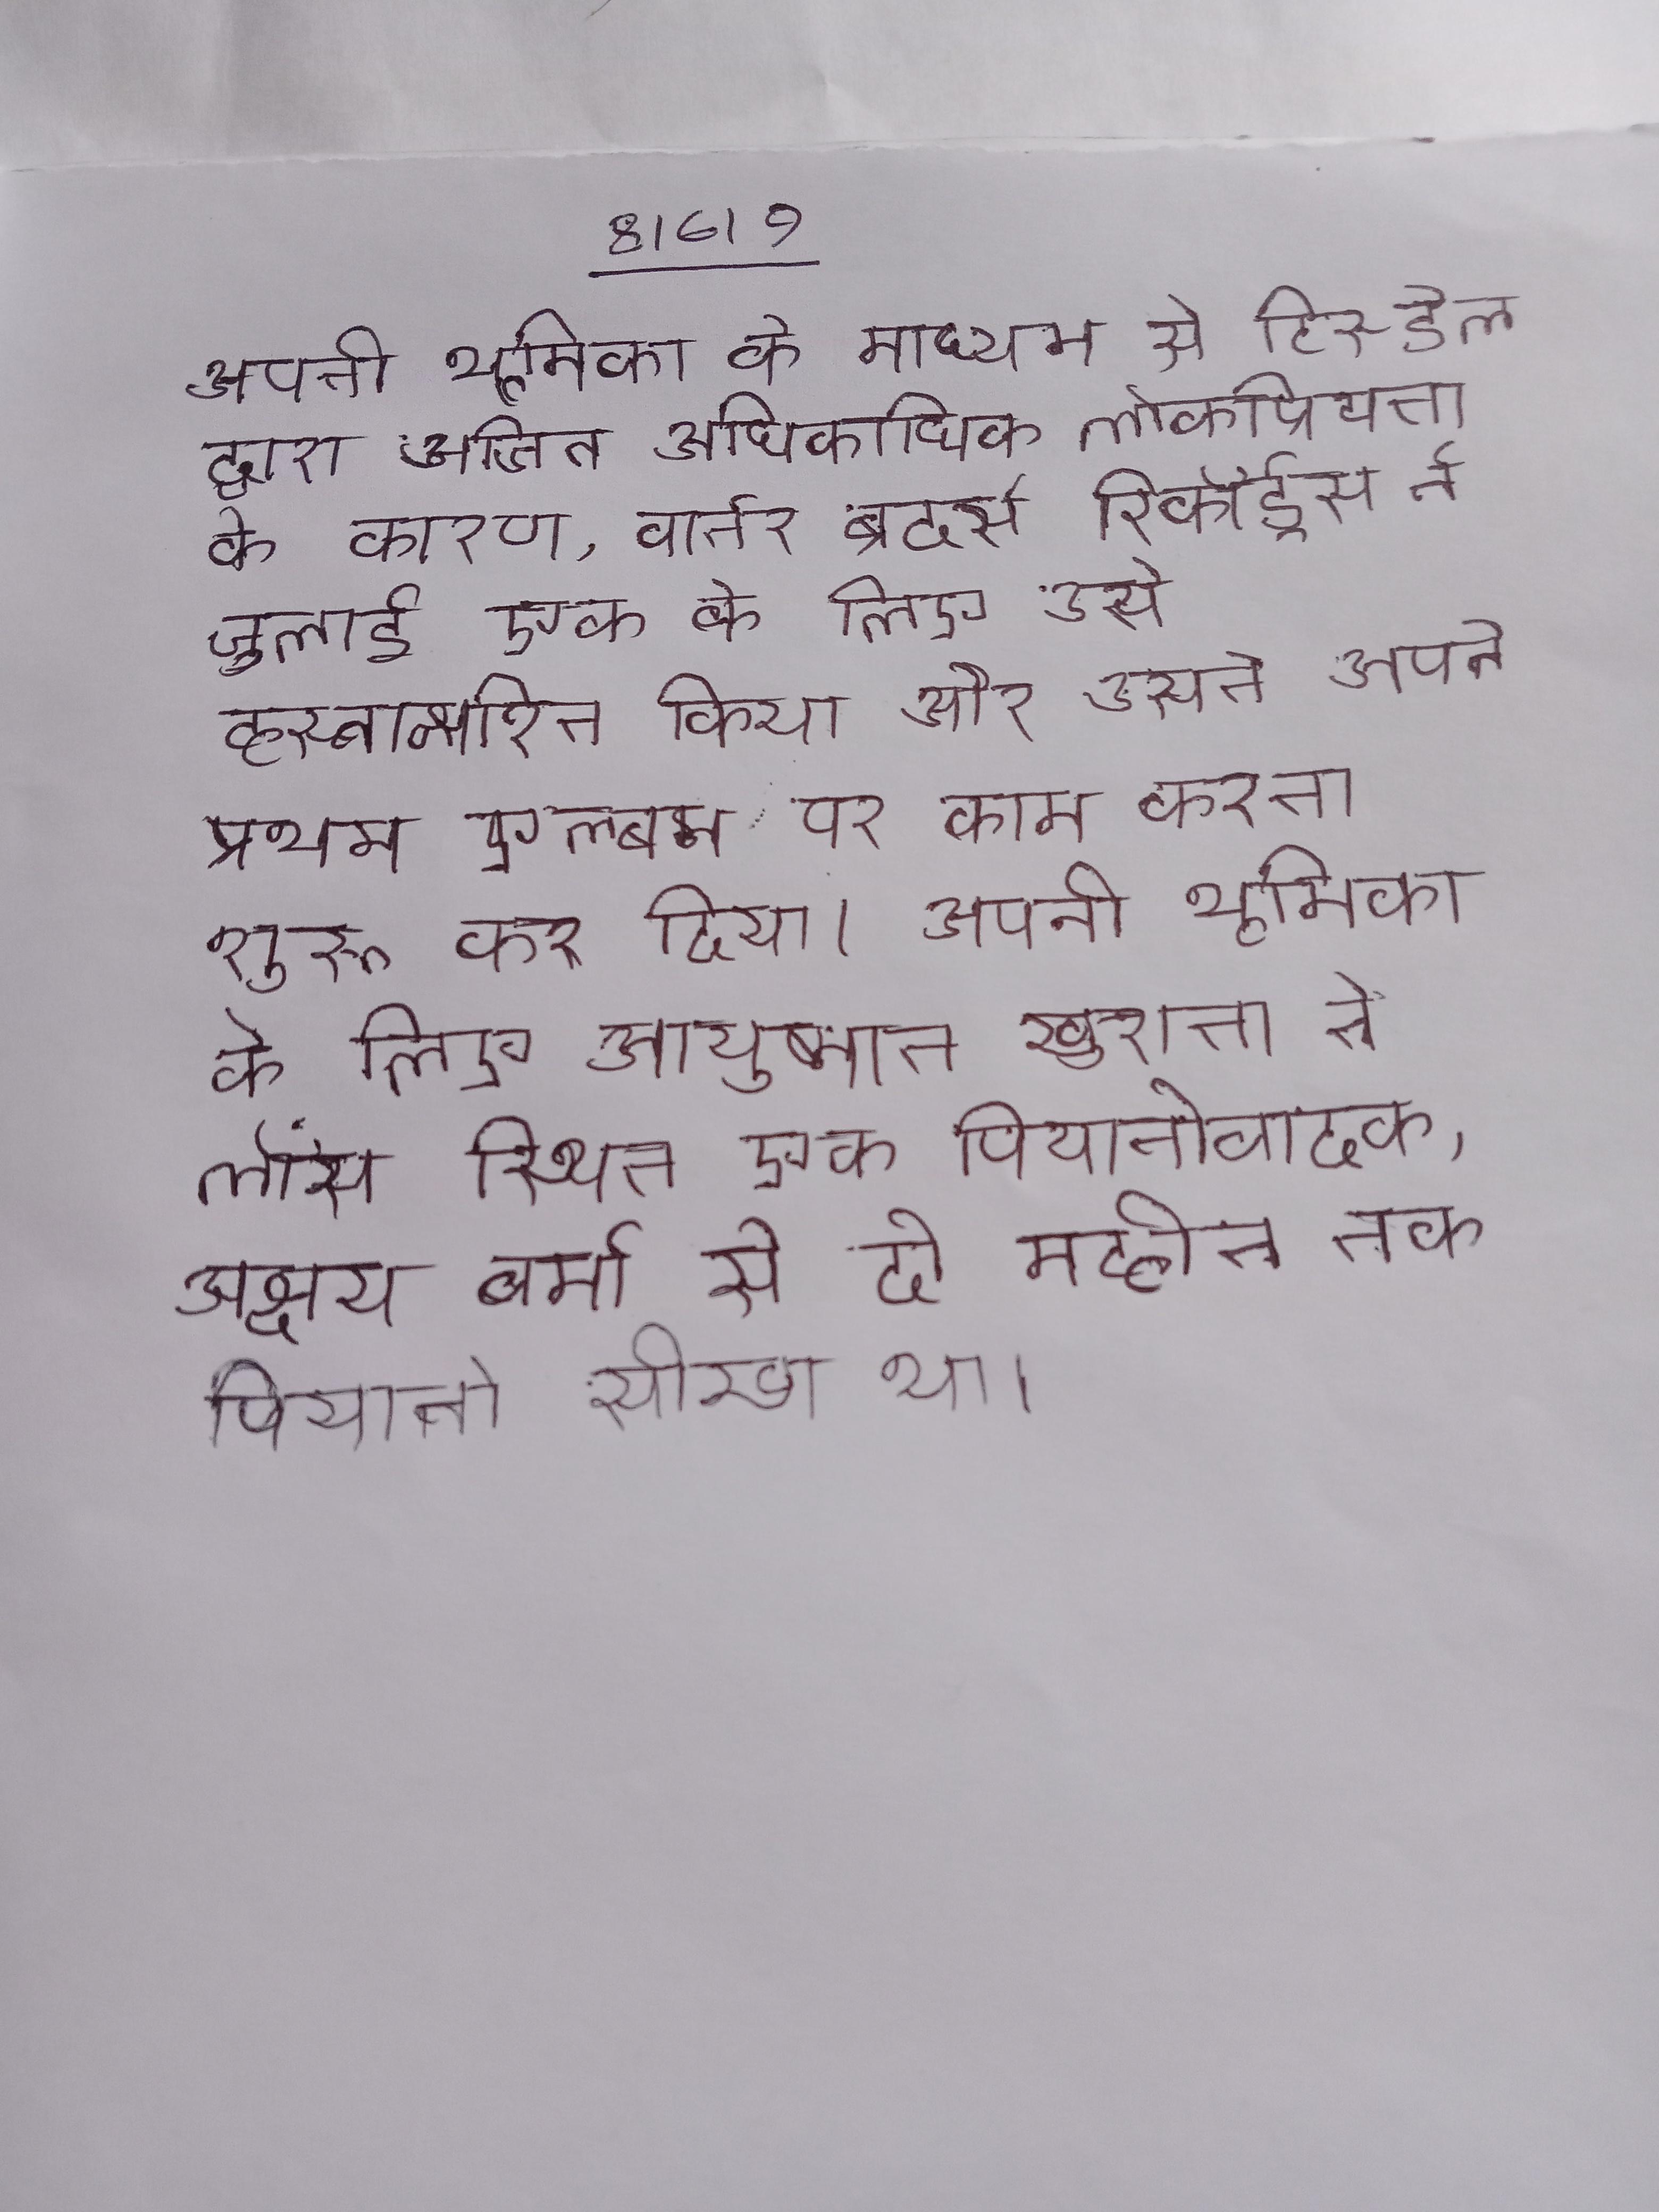
अपनी भूमिका के माध्यम से टिस्डेल द्वारा अर्जित अधिकाधिक लोकप्रियता के कारण, वार्नर ब्रदर्स रिकॉर्ड्स ने जुलाई एक के लिए उसे हस्ताक्षरित किया और उसने अपने प्रथम एल्बम पर काम करना शुरू कर दिया । अपनी भूमिका के लिए आयुष्मान खुराना ने लॉस स्थित एक पियानोवादक, अक्षय वर्मा से दो महीने तक पियानो सीखा था ।